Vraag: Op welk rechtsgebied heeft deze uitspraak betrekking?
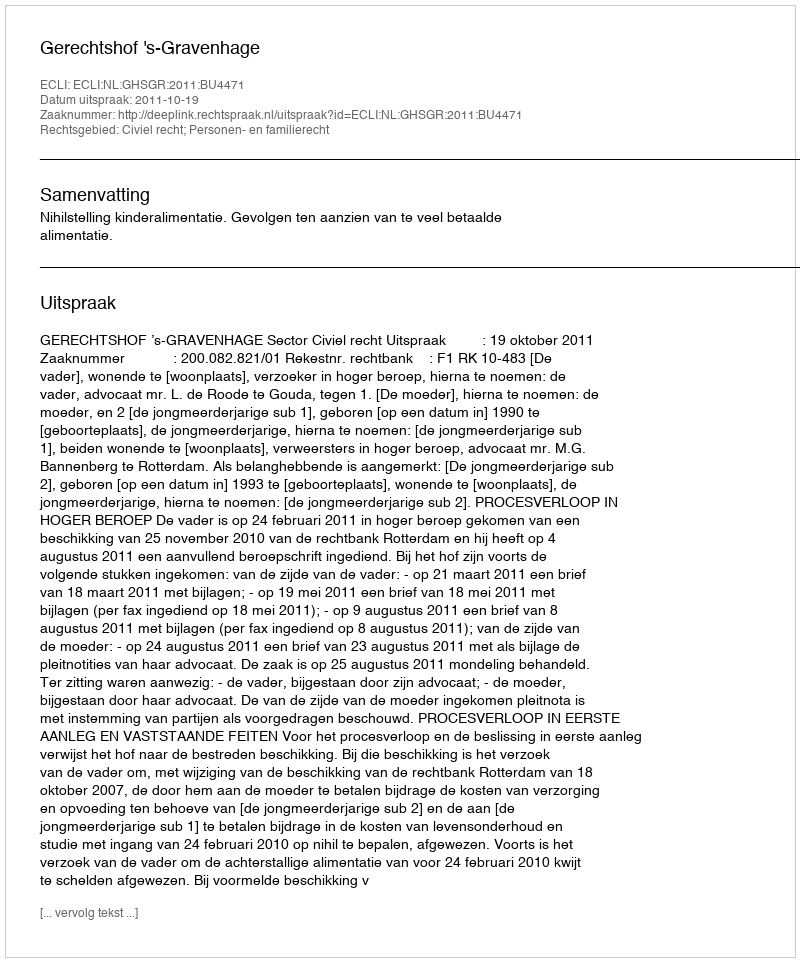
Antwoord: Civiel recht; Personen- en familierecht